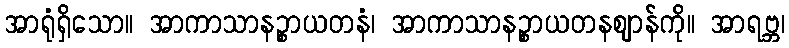
အာရုံရှိသော။ အာကာသာနဉ္စာယတနံ၊ အာကာသာနဉ္စာယတနဈာန်ကို။ အာရဗ္ဘ၊